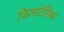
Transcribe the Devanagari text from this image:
फिलाटेलिक